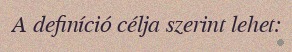
A definíció célja szerint lehet: